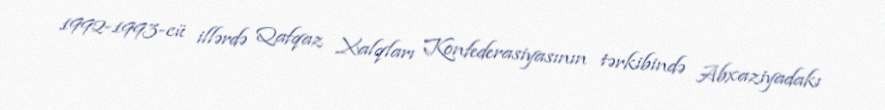
1992-1993-cü illərdə Qafqaz Xalqları Konfederasiyasının tərkibində Abxaziyadakı